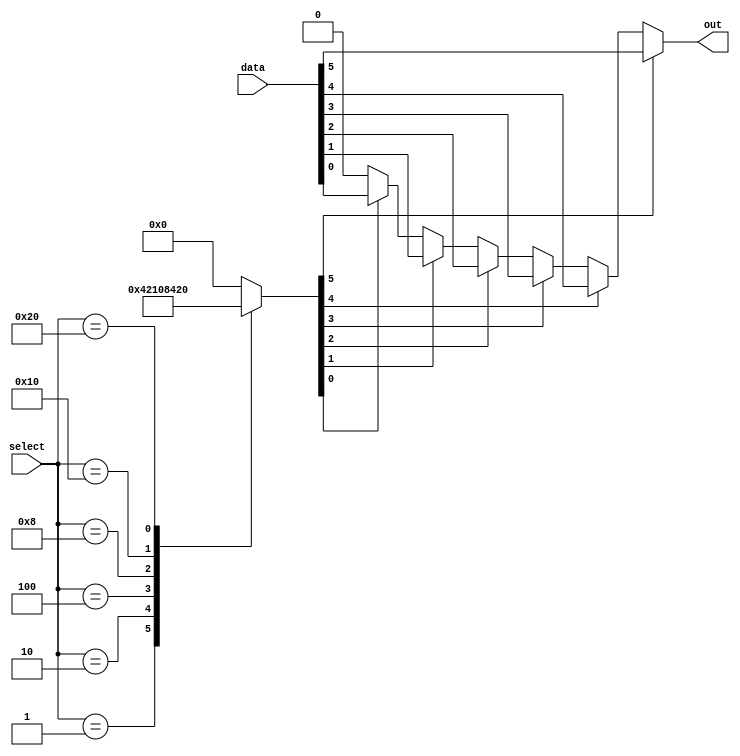
module multiplexer(input [63:0] data,
                     input [5:0] select,
                     output reg out);

reg [63:0] decoded_select;
reg [63:0] mux_output;

always @(select) begin
    case (select)
        6'b000001: decoded_select = 64'b00000001;
        6'b000010: decoded_select = 64'b00000010;
        6'b000100: decoded_select = 64'b00000100;
        6'b001000: decoded_select = 64'b00001000;
        6'b010000: decoded_select = 64'b00010000;
        6'b100000: decoded_select = 64'b00100000;
        default: decoded_select = 64'b00000000;
    endcase
end

integer i;

always @(*) begin
    mux_output = 64'b0;
    for (i = 0; i < 64; i = i + 1) begin
        if (decoded_select[i] == 1'b1) begin
            mux_output = data[i];
        end
    end
end

assign out = mux_output;

endmodule